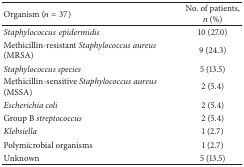
| Organism (n = 37) | No. of patients, n (%) |
 | --- | --- |
 | Staphylococcusepidermidis | 10 (27.0) |
 | Methicillin-resistant Staphylococcus aureus (MRSA) | 9 (24.3) |
 | Staphylococcus species | 5 (13.5) |
 | Methicillin-sensitive Staphylococcus aureus (MSSA) | 2 (5.4) |
 | Escherichia coli | 2 (5.4) |
 | Group B streptococcus | 2 (5.4) |
 | Klebsiella | 1 (2.7) |
 | Polymicrobial organisms | 1 (2.7) |
 | Unknown | 5 (13.5) |